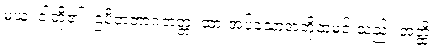
မယှံ၊ ငါတို့၏။ ဌပိတဘာဂဘတ္တံ၊ ထားအပ်သောအဘို့ထမင်းသည်။ အတ္ထိ၊